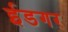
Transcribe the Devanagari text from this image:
ईडगर